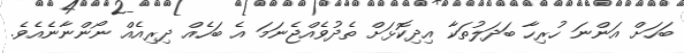
ބަހަށް އަންނަ ހުރިހާ ބަދަލުތަކާ އިދިކޮޅަށް ތެދުވެއްޖެނަމަ އެ ބަހެއް ދިރިއެއް ނޯންނާނެއެވެ.